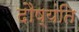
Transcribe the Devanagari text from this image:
दौष्यंति